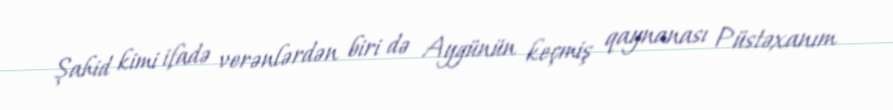
Şahid kimi ifadə verənlərdən biri də Aygünün keçmiş qaynanası Püstəxanım